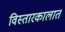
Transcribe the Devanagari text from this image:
विस्तारकालात